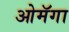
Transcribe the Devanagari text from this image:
ओमॅगा